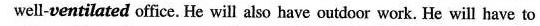
well-ventilated office. He will also have outdoor work. He will have to